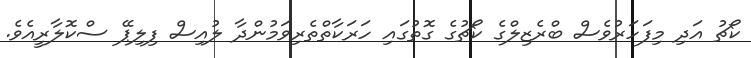
ކޯޗު އަދި މިފަހަރުވެސް ބްރެޒިލްގެ ކޯޗުގެ ގޮތުގައި ހަރަކާތްތެރިވަމުންދާ ލުއިސް ފިލިޕޭ ސްކޮލާރީއެވެ.